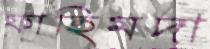
ফাহিমদা